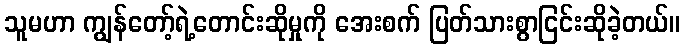
သူမဟာ ကျွန်တော့်ရဲ့တောင်းဆိုမှုကို အေးစက် ပြတ်သားစွာငြင်းဆိုခဲ့တယ်။